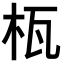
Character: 𣐎